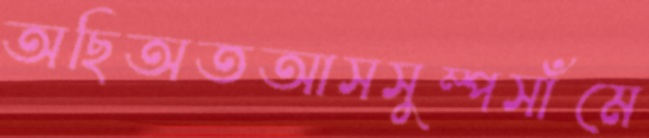
অছিঅতআসসুম্পসাঁমে